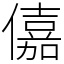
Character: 𠏼